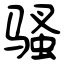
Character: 骚